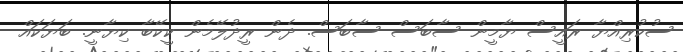
ސުކުރިއްޔާ ރައީސް ޔާމީން ސާބަސް ސާބަސް. ދެން ރީދުލޭމެން ކީކޭބާ ކިޔާނީ. ބަޔަކައް